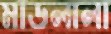
মাডলালা